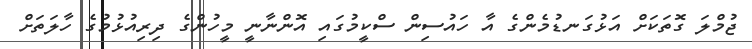
ޖުމްލަ ގޮތަކަށް އަޅުގަނޑުމެންގެ އާ ހައުސިން ސްކީމުގައި އޮންނާނީ މީހުންގެ ދިރިއުޅުމުގެ ހާލަތަށް